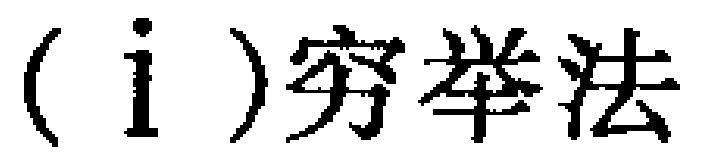
(i)穷举法